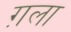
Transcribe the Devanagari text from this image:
ग़ला